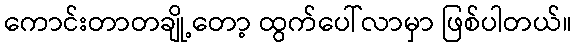
ကောင်းတာတချို့တော့ ထွက်ပေါ်လာမှာ ဖြစ်ပါတယ်။